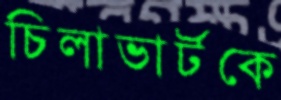
চিলাভার্টকে